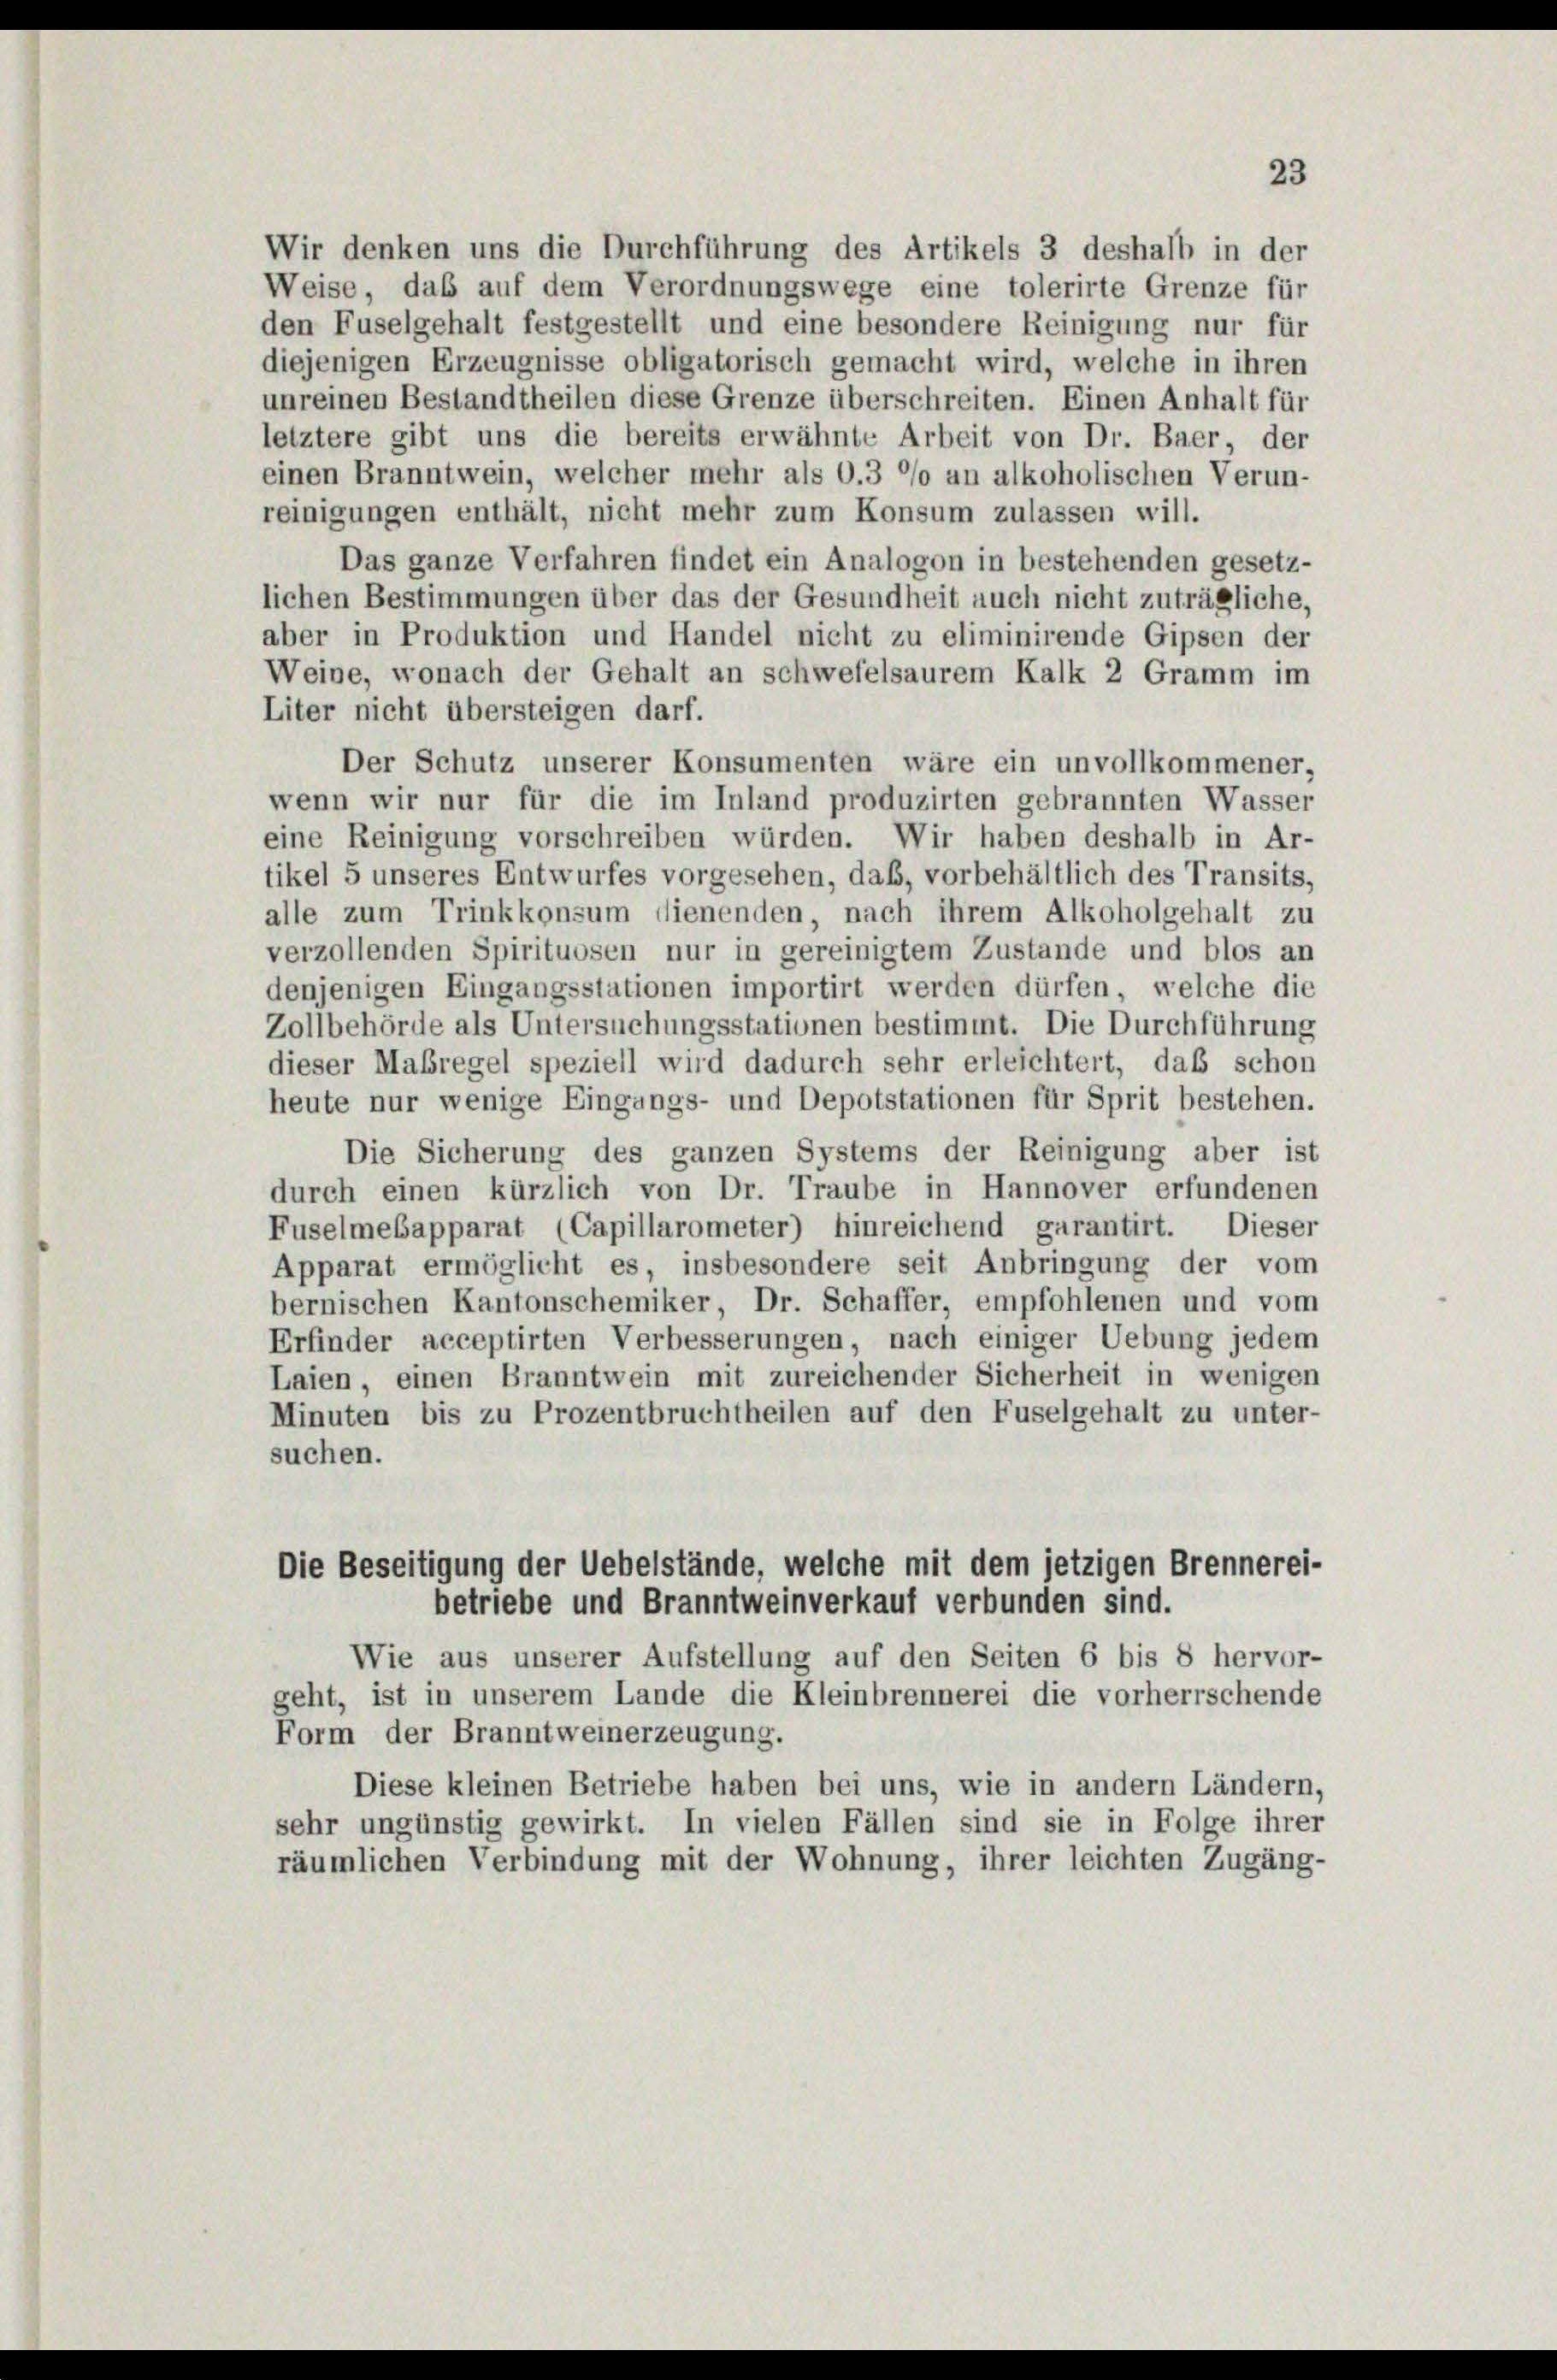
Wir denken uns die Durchführung des Artikels 3 deshalb in der
Weise, das auf dem Verordnungswege eine tolerirte Grenze für
den Fuselgehalt festgestellt und eine besondere Reinigung nur für
diejenigen Erzeugnisse obligatorisch gemacht wird, welche in ihren
unreinen Bestandtheilen diese Grenze überschreiten. Einen Anhalt für
letztere gibt uns die bereits erwähnte Arbeit von Dr. Baer der
einen Branntwein, welcher mehr als O.3 °/o an alkoholischen Verun-
reinigungen enthält, nicht mehr zum Konsum zulassen will.
Das ganze Verfahren findet ein Analogon in bestehenden gesetz-
lichen Bestimmungen über das der Gesundheit auch nicht zuträgliche,
aber in Produktion und Handel nicht zu eliminirende Gipsen der
Weine, wonach der Gehalt an schwefelsaurem Kalk 2 Gramm im
Liter nicht übersteigen darf.
Der Schutz unserer Konsumenten wäre ein unvollkommener,
wenn wir nur für die im Inland produzirten gebrannten Wasser
eine Reinigung vorschreiben würden. Wir haben deshalb in Ar-
tikel 5 unseres Entwurfes vorgesehen, daß, vorbehältlich des Transits,
alle zum Trinkkonsum dienenden, nach ihrem Alkoholgehalt zu
verzollenden Spirituosen nur in gereinigtem Zustande und blos an
denjenigen Eingangsstationen importirt werden dürfen, welche die
Zollbehörde als Untersuchungsstationen bestimmt. Die Durchführung
dieser Maßregel speziell wird dadurch sehr erleichtert, daß schon
heute nur wenige Eingangs- und Depotstationen für Sprit bestehen.
Die Sicherung des ganzen Systems der Reinigung aber ist
durch einen kürzlich von Dr. Traube in Hannover erfundenen
Fuselmesapparat (Capillarometer) hinreichend garantirt. Dieser
Apparat ermöglicht es, insbesondere seit Anbringung der vom
bernischen Kantonschemiker, Dr. Schaffer, empfohlenen und vom
Erfinder acceptirten Verbesserungen, nach einiger Uebung jedem
Laien, einen Branntwein mit zureichender Sicherheit in wenigen
Minuten bis zu Prozentbruchtheilen auf den Fuselgehalt zu unter-
suchen.
Die Beseitigung der Uebelstände, welche mit dem jetzigen Brennerei-
betriebe und Branntweinverkauf verbunden sind.
Wie aus unserer Aufstellung auf den Seiten 6 bis 8 hervor-
geht, ist in unserem Lande die Kleinbrennerei die vorherrschende
Form der Branntweinerzeugung.
Diese kleinen Betriebe haben bei uns, wie in andern Ländern,
sehr ungünstig gewirkt. In vielen Fällen sind sie in Folge ihrer
räumlichen Verbindung mit der Wohnung, ihrer leichten Zugäng-

23